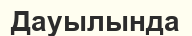
Дауылында